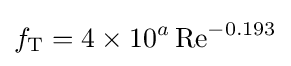
f_{\text{T}}=4\times 10^{a}\operatorname {Re} ^{-0.193}